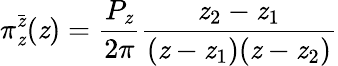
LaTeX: \pi_{\mathit{z}}^{\bar{{\mathit{z}}}}(\mathit{z})=\frac{{P_{\mathit{z}}}}{{2\pi}}\frac{{\mathit{z}_{2}-\mathit{z}_{1}}}{{(\mathit{z}-\mathit{z}_{1})(\mathit{z}-\mathit{z}_{2})}}